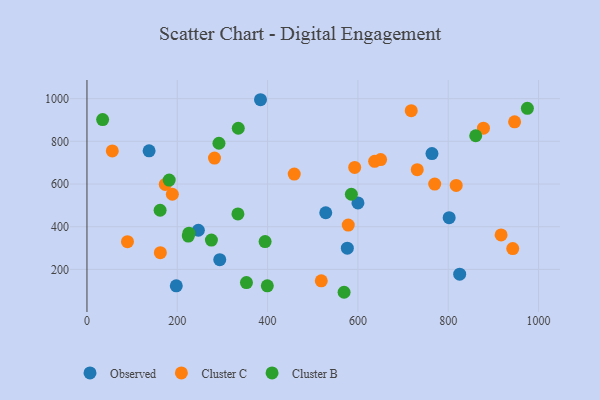
{"axis": {"x": "Distance", "y": "Yield"}, "legend": ["Cluster B", "Cluster C", "Observed"], "data": [{"x": "528.8", "y": 465.3, "type": "Observed"}, {"x": "137.6", "y": 755.6, "type": "Observed"}, {"x": "600.1", "y": 511.3, "type": "Observed"}, {"x": "825.4", "y": 177.6, "type": "Observed"}, {"x": "197.8", "y": 123.0, "type": "Observed"}, {"x": "764.0", "y": 742.7, "type": "Observed"}, {"x": "294.1", "y": 245.8, "type": "Observed"}, {"x": "246.7", "y": 383.4, "type": "Observed"}, {"x": "384.3", "y": 994.8, "type": "Observed"}, {"x": "576.6", "y": 299.4, "type": "Observed"}, {"x": "802.1", "y": 442.4, "type": "Observed"}, {"x": "578.6", "y": 407.8, "type": "Cluster C"}, {"x": "650.3", "y": 714.5, "type": "Cluster C"}, {"x": "173.4", "y": 598.1, "type": "Cluster C"}, {"x": "89.7", "y": 330.1, "type": "Cluster C"}, {"x": "282.4", "y": 721.5, "type": "Cluster C"}, {"x": "878.0", "y": 861.7, "type": "Cluster C"}, {"x": "162.5", "y": 278.6, "type": "Cluster C"}, {"x": "731.4", "y": 667.0, "type": "Cluster C"}, {"x": "518.9", "y": 146.6, "type": "Cluster C"}, {"x": "942.9", "y": 297.4, "type": "Cluster C"}, {"x": "770.1", "y": 599.8, "type": "Cluster C"}, {"x": "592.9", "y": 677.9, "type": "Cluster C"}, {"x": "947.0", "y": 891.5, "type": "Cluster C"}, {"x": "189.1", "y": 552.0, "type": "Cluster C"}, {"x": "56.1", "y": 755.2, "type": "Cluster C"}, {"x": "637.1", "y": 706.2, "type": "Cluster C"}, {"x": "817.7", "y": 593.2, "type": "Cluster C"}, {"x": "718.1", "y": 943.4, "type": "Cluster C"}, {"x": "917.1", "y": 361.3, "type": "Cluster C"}, {"x": "459.0", "y": 646.6, "type": "Cluster C"}, {"x": "334.3", "y": 460.1, "type": "Cluster B"}, {"x": "353.2", "y": 138.2, "type": "Cluster B"}, {"x": "399.4", "y": 123.1, "type": "Cluster B"}, {"x": "860.9", "y": 826.0, "type": "Cluster B"}, {"x": "34.7", "y": 901.9, "type": "Cluster B"}, {"x": "335.1", "y": 861.1, "type": "Cluster B"}, {"x": "162.0", "y": 477.2, "type": "Cluster B"}, {"x": "585.5", "y": 552.0, "type": "Cluster B"}, {"x": "275.6", "y": 337.4, "type": "Cluster B"}, {"x": "182.1", "y": 618.6, "type": "Cluster B"}, {"x": "225.9", "y": 369.8, "type": "Cluster B"}, {"x": "292.3", "y": 790.9, "type": "Cluster B"}, {"x": "224.4", "y": 356.0, "type": "Cluster B"}, {"x": "569.4", "y": 92.9, "type": "Cluster B"}, {"x": "394.5", "y": 330.5, "type": "Cluster B"}, {"x": "975.3", "y": 954.7, "type": "Cluster B"}]}